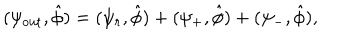
( \psi _ { \mathrm { o u t } } , \hat { \phi } ) = ( \psi _ { r } , \hat { \phi } ) + ( \psi _ { + } , \hat { \phi } ) + ( \psi _ { - } , \hat { \phi } ) ,